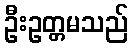
ဦးဥတ္တမသည်